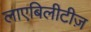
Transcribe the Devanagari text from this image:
लाएबिलीटीज़